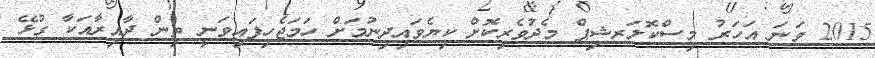
2015 ވަނަ އަހަރު މިސްކޮލަރޝިޕް މެދުވެރިކޮށް ކިޔެވައިދިނުމަށް ހަމަޖެހިފައިވަނީ ތިން ދާއިރާއަކާ ގުޅޭ